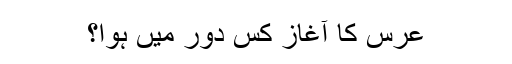
عرس کا آغاز کس دور میں ہوا؟